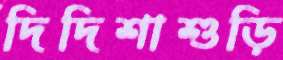
দিদিশাশুড়ি